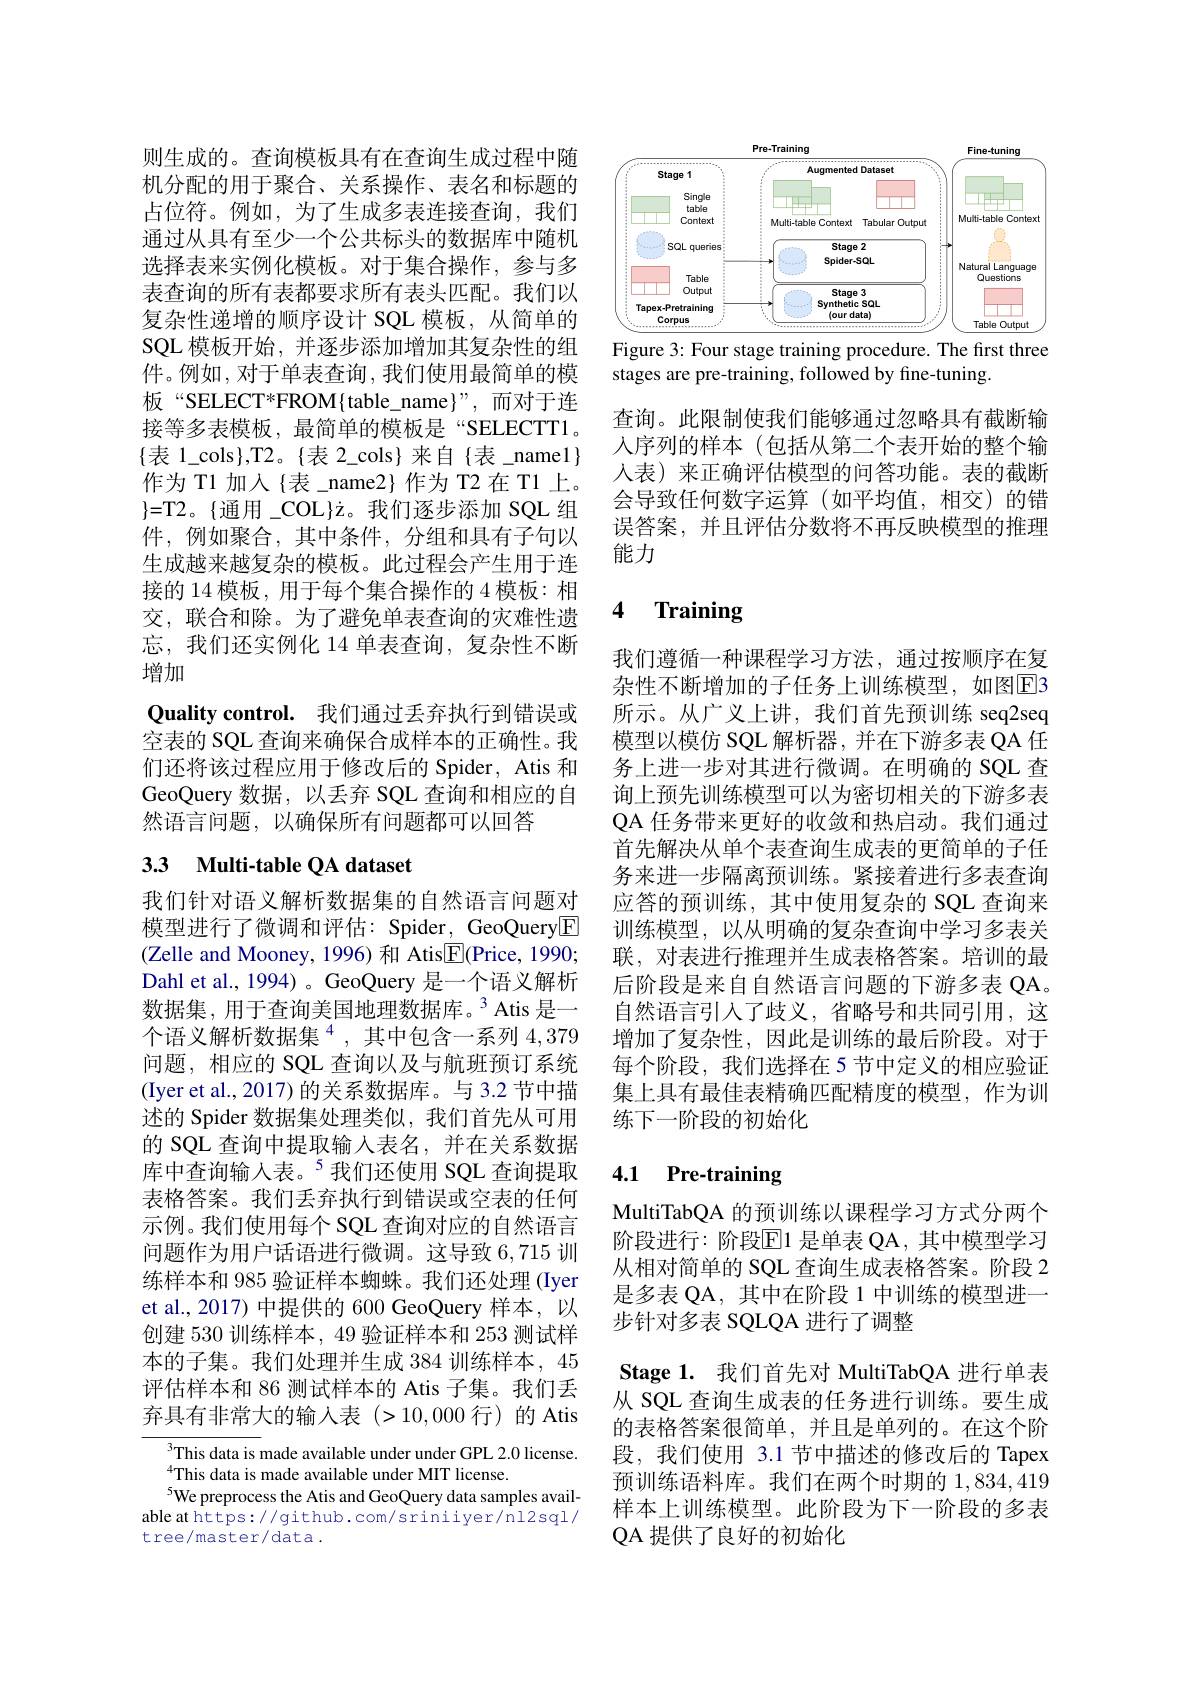
则生成的。查询模板具有在查询生成过程中随机分配的用于聚合、关系操作、表名和标题的占位符。例如，为了生成多表连接查询，我们通过从具有至少一个公共标头的数据库中随机选择表来实例化模板。对于集合操作，参与多表查询的所有表都要求所有表头匹配。我们以复杂性递增的顺序设计 SQL 模板，从简单的SQL 模板开始，并逐步添加增加其复杂性的组件。例如，对于单表查询，我们使用最简单的模板“SELECT*FROM{table$\_name ”,而对于连$ 接等多表模板，最简单的模板是“SELECTT1。$\{$表 1\_cols$\}$,T2。{表 2\_cols}来自{表\_namel} 作为 T1 加入{表\_name2} 作为 T2 在 T1 上。$\}{=}$T2。{通用 }COL{z}。我们逐步添加 SQL 组件，例如聚合，其中条件，分组和具有子句以生成越来越复杂的模板。此过程会产生用于连接的 14 模板，用于每个集合操作的 4 模板：相交，联合和除。为了避免单表查询的灾难性遗忘，我们还实例化 14 单表查询，复杂性不断增加
Quality control. 我们通过丢弃执行到错误或空表的 SQL 查询来确保合成样本的正确性。我们还将该过程应用于修改后的 Spider, Atis 和GeoQuery 数据，以丢弃 SQL 查询和相应的自然语言问题，以确保所有问题都可以回答

## 33 Multi-table QA dataset

我们针对语义解析数据集的自然语言问题对模型进行了微调和评估：Spider, GeoQuery$\boxed{\mathrm{E}}$ (Zelle and Mooney, 1996) 和 Atis$\boxed{\mathrm{F}}($Price, 1990; Dahl et al., 1994) 。GeoQuery 是一个语义解析数据集，用于查询美国地理数据库。3 Atis 是一个语义解析数据集$^4$,其中包含一系列 4,379问题，相应的 SQL 查询以及与航班预订系统(Iyer et al., 2017) 的关系数据库。与 3.2 节中描述的 Spider 数据集处理类似，我们首先从可用的 SQL 查询中提取输入表名，并在关系数据库中查询输入表。$^{5}$我们还使用 SQL 查询提取表格答案。我们丢弃执行到错误或空表的任何示例。我们使用每个 SQL 查询对应的自然语言问题作为用户话语进行微调。这导致6，715训练样本和 985 验证样本蜘蛛。我们还处理 (Iyer et al., 2017) 中提供的 600 GeoQuery 样本，以创建 530 训练样本，49 验证样本和 253 测试样本的子集。我们处理并生成 384 训练样本，45评估样本和 86 测试样本的 Atis 子集。我们丢弃具有非常大的输入表(>10,000行) 的 Atis

This data is made available under under GPL 2.0 license.
$^{4}$This data is made available under MIT license.
$^{5}$We preprocess the Atis and GeoQuery data samples available at https://github.com/sriniiyer/nl2sql/ tree/master/data.

<FigureHere>

Figure 3: Four stage training procedure. The first three
stages are pre-training, followed by fine-tuning.

查询。此限制使我们能够通过忽略具有截断输人序列的样本(包括从第二个表开始的整个输人表) 来正确评估模型的问答功能。表的截断会导致任何数字运算(如平均值，相交)的错误答案，并且评估分数将不再反映模型的推理能力

### 4 $\textbf{Training}$

我们遵循一种课程学习方法，通过按顺序在复杂性不断增加的子任务上训练模型，如图$\boxed{\mathrm{F}}3$ 所示。从广义上讲，我们首先预训练 seq2seq 模型以模仿 SQL 解析器，并在下游多表 QA 任务上进一步对其进行微调。在明确的 SQL 查询上预先训练模型可以为密切相关的下游多表QA 任务带来更好的收敛和热启动。我们通过首先解决从单个表查询生成表的更简单的子任务来进一步隔离预训练。紧接着进行多表查询应答的预训练，其中使用复杂的 SQL 查询来训练模型，以从明确的复杂查询中学习多表关联，对表进行推理并生成表格答案。培训的最后阶段是来自自然语言问题的下游多表 QA。自然语言引入了歧义，省略号和共同引用，这增加了复杂性，因此是训练的最后阶段。对于每个阶段，我们选择在 5 节中定义的相应验证集上具有最佳表精确匹配精度的模型，作为训练下一阶段的初始化

### 4.1 Pre-training

MultiTabQA 的预训练以课程学习方式分两个阶段进行：阶段$\overline{\mathbb{E}}$1 是单表 QA, 其中模型学习从相对简单的 SQL 查询生成表格答案。阶段 2是多表 QA, 其中在阶段 1 中训练的模型进一步针对多表 SQLQA 进行了调整
Stage 1. 我们首先对 MultiTabQA 进行单表从 SQL 查询生成表的任务进行训练。要生成的表格答案很简单，并且是单列的。在这个阶段，我们使用 3.1 节中描述的修改后的 Tapex 预训练语料库。我们在两个时期的1，834,419样本上训练模型。此阶段为下一阶段的多表QA 提供了良好的初始化